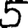
Digit: 5